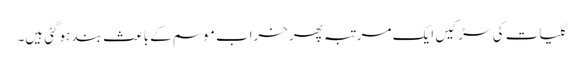
گلیات کی سڑکیں ایک مرتبہ پھرخراب موسم کےباعث بند ہوگئی ہیں۔